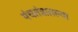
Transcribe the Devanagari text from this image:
पंचतंत्रातल्या